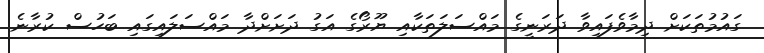
ގައުމުތަކަށް ދިމާވެފައިވާ ދަރަނީގެ މައްސަލަތަކާއި ޔޫރޯގެ އަގު ދަށަށްދާ މައްސަލައިގައި ބަހުސް ކުރާނެ